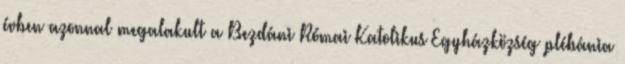
évben azonnal megalakult a Bezdáni Római Katolikus Egyházközség plébánia